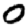
Digit: 0